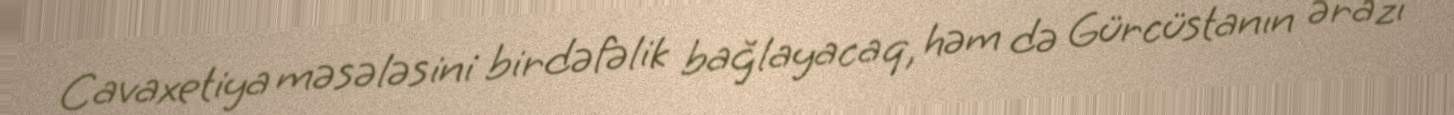
Cavaxetiya məsələsini birdəfəlik bağlayacaq, həm də Gürcüstanın ərazi